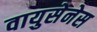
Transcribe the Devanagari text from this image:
वायुसेनेस